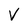
Character: V